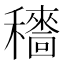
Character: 𥣱